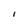
Character: l